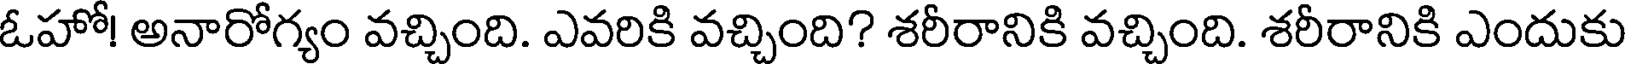
ఓహో! అనారోగ్యం వచ్చింది. ఎవరికి వచ్చింది? శరీరానికి వచ్చింది. శరీరానికి ఎందుకు